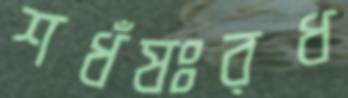
শধঁষঃরধ